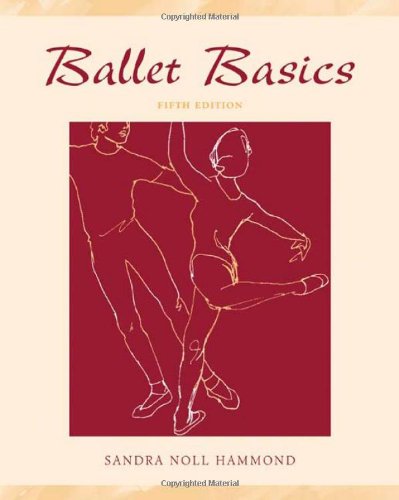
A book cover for Ballet Basics; Sandra Noll Hammond; Humor & Entertainment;